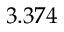
3 . 3 7 4